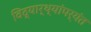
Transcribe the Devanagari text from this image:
विद्यार्थ्यांपर्यंत